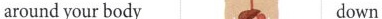
around your body 9 down